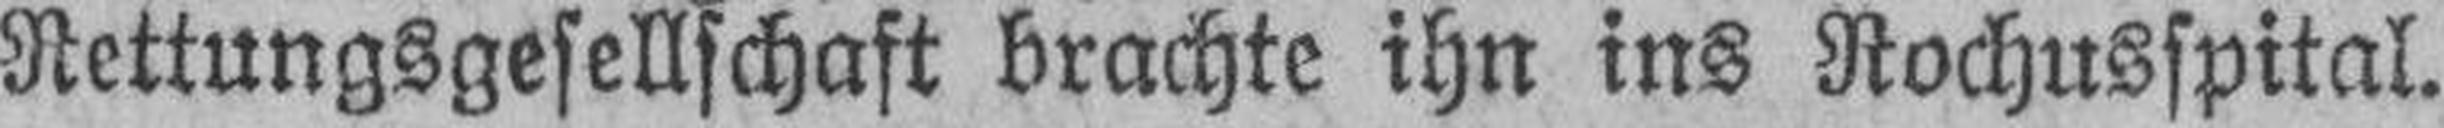
Rettungsgesellschaft brachte ihn ins Rochusspital.